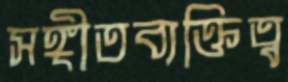
সঙ্গীতব্যক্তিত্ব